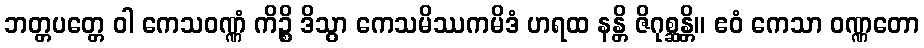
ဘတ္တပတ္တေ ဝါ ကေသဝဏ္ဏံ ကိဉ္စိ ဒိသွာ ကေသမိဿကမိဒံ ဟရထ နန္တိ ဇိဂုစ္ဆန္တိ။ ဧဝံ ကေသာ ဝဏ္ဏတော